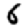
Digit: 6